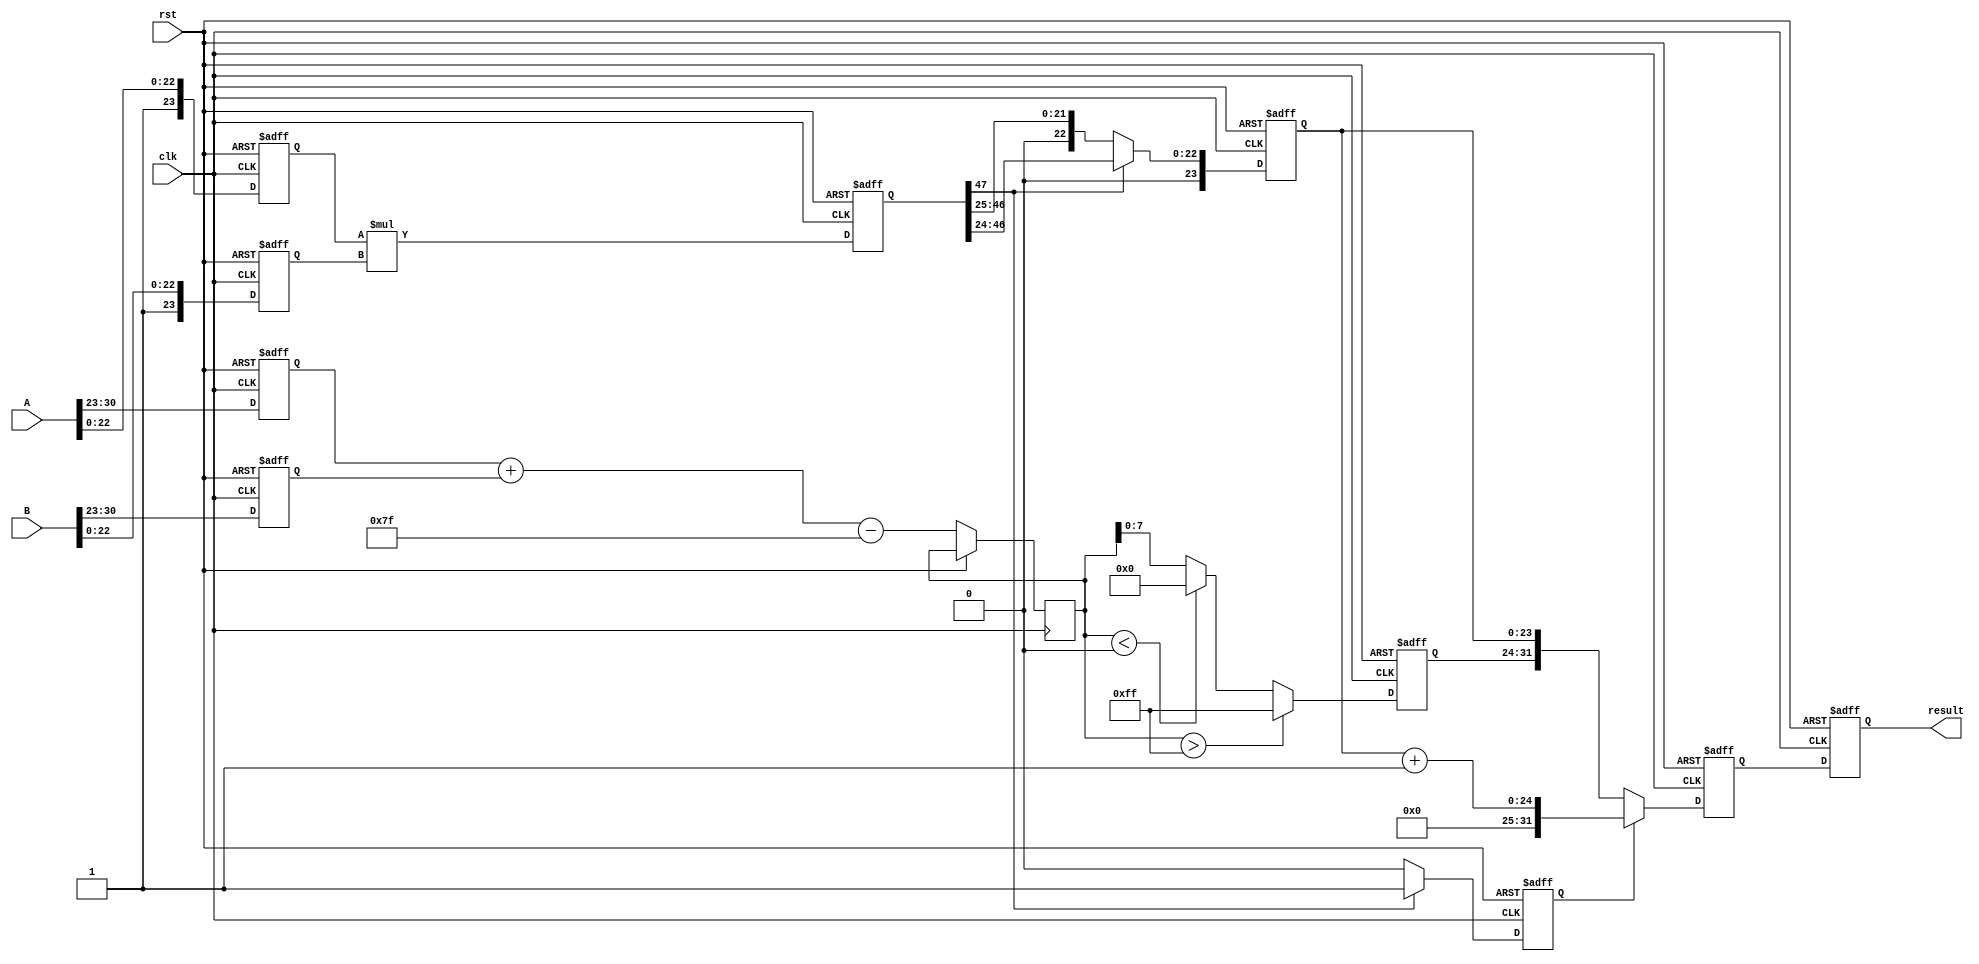
module fp_multiplier (
    input [31:0] A,
    input [31:0] B,
    input clk,
    input rst,
    output reg [31:0] result
);

// Pipeline registers
reg sign_a, sign_b, sign_result;
reg [7:0] exp_a, exp_b, exp_result;
reg [23:0] mant_a, mant_b, mant_result;
reg [47:0] mant_product;
reg [8:0] exp_temp;
reg [23:0] mant_normalized;
reg mant_shifted;
reg [31:0] final_result;

// Constants
parameter BIAS = 8'd127;

// Decomposition stage
always @(posedge clk or posedge rst) begin
    if (rst) begin
        sign_a <= 0;
        sign_b <= 0;
        exp_a <= 0;
        exp_b <= 0;
        mant_a <= 0;
        mant_b <= 0;
    end else begin
        sign_a <= A[31];
        sign_b <= B[31];
        exp_a <= A[30:23];
        exp_b <= B[30:23];
        mant_a <= {1'b1, A[22:0]}; // Implicit leading 1
        mant_b <= {1'b1, B[22:0]}; // Implicit leading 1
    end
end

// Stage 1: Compute sign
always @(posedge clk or posedge rst) begin
    if (rst) begin
        sign_result <= 0;
    end else begin
        sign_result <= sign_a ^ sign_b; // XOR for sign
    end
end

// Stage 2: Compute exponent
always @(posedge clk or posedge rst) begin
    if (rst) begin
        exp_result <= 0;
    end else begin
        exp_temp <= {1'b0, exp_a} + {1'b0, exp_b} - BIAS;
        // Check for overflow (if exp_temp > 255)
        if (exp_temp > 9'd255) begin
            exp_result <= 8'b11111111; // Infinity
        end else if (exp_temp < 9'd0) begin
            exp_result <= 0; // Underflow to zero
        end else begin
            exp_result <= exp_temp[7:0];
        end
    end
end

// Stage 3: Multiply mantissas
always @(posedge clk or posedge rst) begin
    if (rst) begin
        mant_product <= 0;
    end else begin
        mant_product <= mant_a * mant_b; // 24-bit * 24-bit = 48-bit product
    end
end

// Stage 4: Normalize mantissa
always @(posedge clk or posedge rst) begin
    if (rst) begin
        mant_normalized <= 0;
        mant_shifted <= 0;
    end else begin
        if (mant_product[47] == 1) begin
            mant_normalized <= mant_product[46:24]; // Shift right by 1
            mant_shifted <= 1;
        end else begin
            mant_normalized <= mant_product[47:25]; // Already normalized
            mant_shifted <= 0;
        end
    end
end

// Stage 5: Round mantissa (simple rounding)
always @(posedge clk or posedge rst) begin
    if (rst) begin
        final_result <= 0;
    end else begin
        if (mant_shifted) begin
            final_result <= {sign_result, exp_result, mant_normalized + 1}; // Rounding
        end else begin
            final_result <= {sign_result, exp_result, mant_normalized}; // No rounding
        end
    end
end

// Output stage
always @(posedge clk or posedge rst) begin
    if (rst) begin
        result <= 0;
    end else begin
        result <= final_result; // Final result
    end
end

endmodule